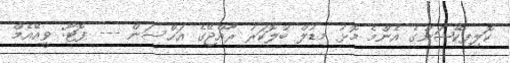
ކޮލިފިކޭޝަންގެ އެންމެ މޮޅު މިޑުލް ބްލޮކަރު ރާއްޖޭގެ އަޙްސަން --- ފޮޓޯ: ވީއޭއެމް